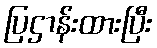
ပြဌာန်းထားပြီး